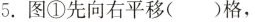
5.图①先向右平移( )格，